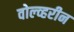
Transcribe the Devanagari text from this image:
वोल्व्हरीन